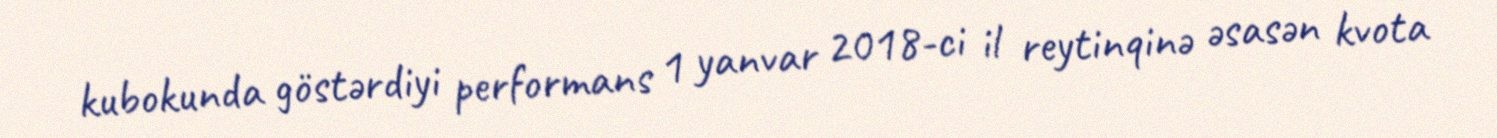
kubokunda göstərdiyi performans 1 yanvar 2018-ci il reytinqinə əsasən kvota